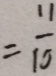
= \frac { 1 1 } { 1 0 }